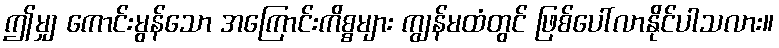
ဤမျှ ကောင်းမွန်သော အကြောင်းကိစ္စများ ကျွန်မထံတွင် ဖြစ်ပေါ်လာနိုင်ပါသလား။